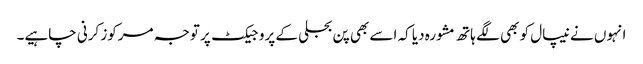
انہوں نے نیپال کو بھی لگے ہاتھ مشورہ دیا کہ اسے بھی پن بجلی کے پروجیکٹ پر توجہ مرکوز کرنی چاہیے۔